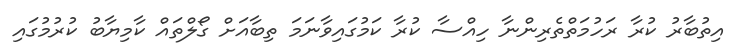
އިތުބާރު ކުރާ ރަހުމަތްތެރިންނާ ހިއްސާ ކުރާ ކަމުގައިވާނަމަ ތިބާއަށް ގޯލްތައް ކާމިޔާބު ކުރުމުގައި